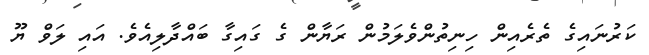
ކަރުނައިގެ ތެރެއިން ހިނިތުންވެލަމުން ރަޔާން ގެ ގައިގާ ބައްދާލިއެވެ. އައި ލަވް ޔޫ